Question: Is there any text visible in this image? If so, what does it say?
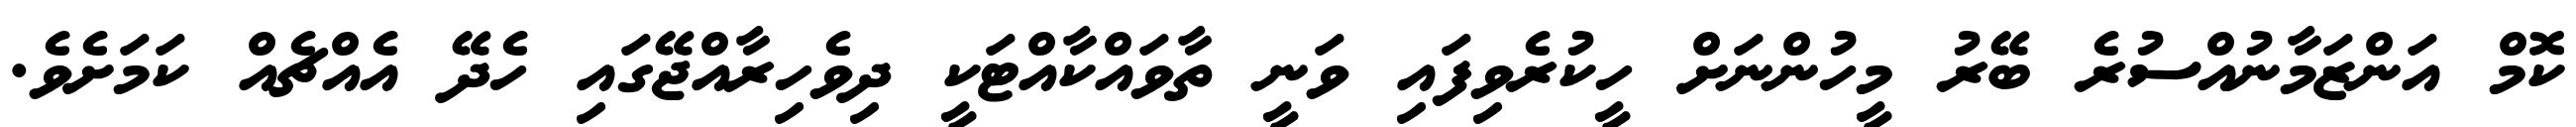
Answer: ކޮމް އަންޒަމާނުއްސުރެ ބޭރު މީހުންނަށް ހީކުރެވިފައި ވަނީ ތާވައްކާއްޓަކީ ދިވެހިރާއްޖޭގައި ހެދޭ އެއްޗެއް ކަމަށެވެ.